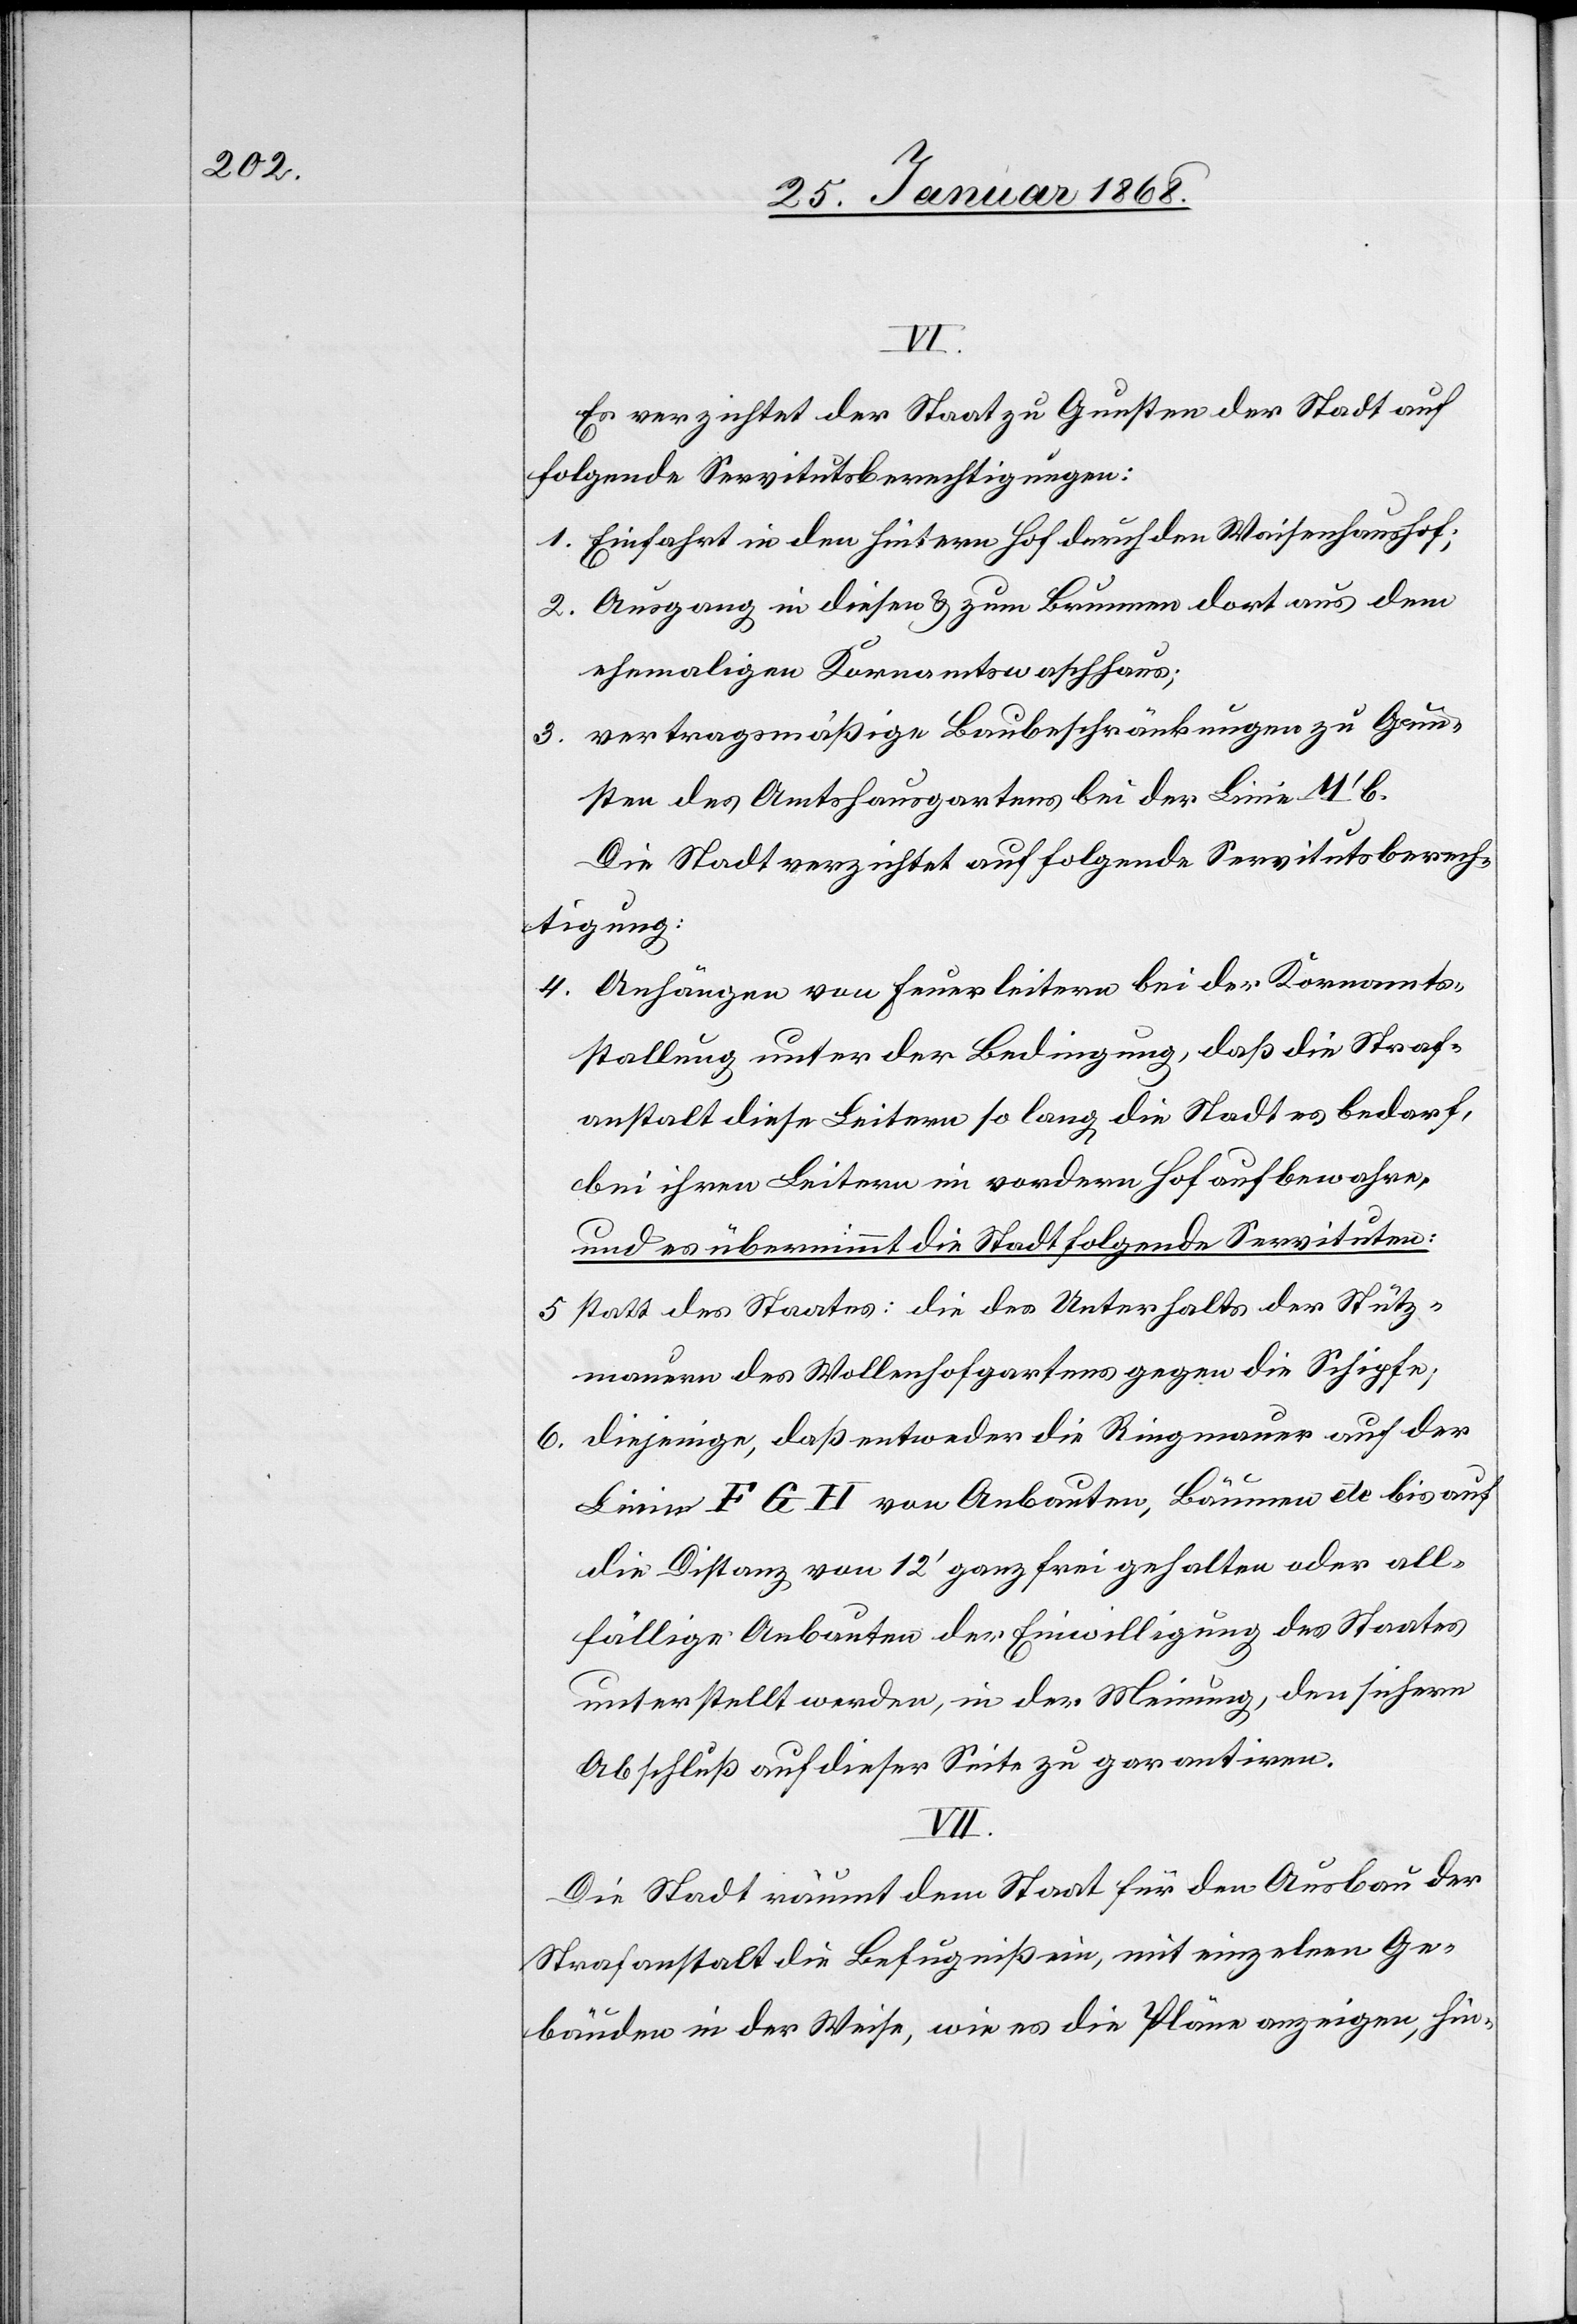
VI.
Es verzichtet der Staat zu Gunsten der Stadt auf
folgende Servitutsberechtigungen:
Einfahrt in den hintern Hof durch den Waisenhaushof;
Ausgang in diesen & zum Brunnen dort aus dem
ehemaligen Kornamtswaschhaus;
vertragsmäßige Baubeschränkungen zu Gun¬
sten des Amtshausgartens bei der Linie M‘ b.
Die Stadt verzichtet auf folgende Servitutsberech¬
tigung:
Anhängen von Feuerleitern bei der Kornamts¬
stallung unter der Bedingung, daß die Straf¬
anstalt diese Leitern so lang die Stadt es bedarf,
bei ihren Leitern im vordern Hof aufbewahre;
und es übernimmt die Stadt folgende Servituten:
statt des Staates: die des Unterhalts der Stütz¬
mauern des Wollenhofgartens gegen die Schipfe;
diejenige, daß entweder die Ringmauer auf der
4.
6.
Linie F G H von Anbauten, Bäumen etc bis auf
die Distanz von 12‘ ganz frei gehalten oder all¬
fällige Anbauten der Einwilligung des Staates
unterstellt werden, in der Meinung, den sichern
Abschluß auf dieser Seite zu garantiren.
Die Stadt räumt dem Staat für den Ausbau der
Strafanstalt die Befugniß ein, mit einzelnen Ge¬
bäuden in der Weise, wie es die Pläne anzeigen, hin-